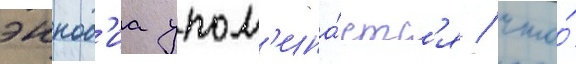
эннод'иа упом'ина́етс'я / что́